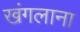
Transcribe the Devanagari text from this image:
खंगलाना